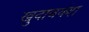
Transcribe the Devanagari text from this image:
खुदाबक्‍श